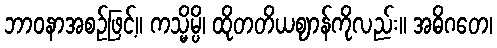
ဘာဝနာအစဉ်ဖြင့်။ ကသ္မိမ္ပိ၊ ထိုတတိယဈာန်ကိုလည်း။ အဓိဂတေ၊